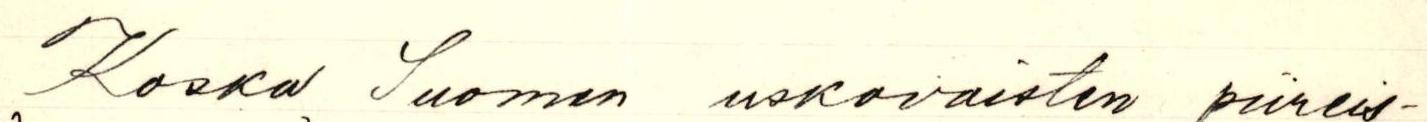
Koska Suomen uskovaisten piireis-